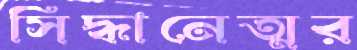
সিদ্ধানেত্মর